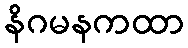
နိဂမနကထာ